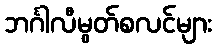
ဘင်္ဂါလီမွတ်စလင်များ